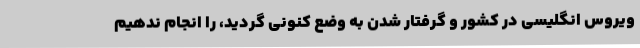
ویروس انگلیسی در کشور و گرفتار شدن به وضع کنونی گردید، را انجام ندهیم